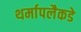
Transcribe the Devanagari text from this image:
थर्मापलैकडे